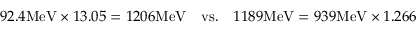
9 2 . 4 \mathrm { M e V } \times 1 3 . 0 5 = 1 2 0 6 \mathrm { M e V } \quad \mathrm { v s . } \quad 1 1 8 9 \mathrm { M e V } = 9 3 9 \mathrm { M e V } \times 1 . 2 6 6